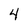
Character: 4